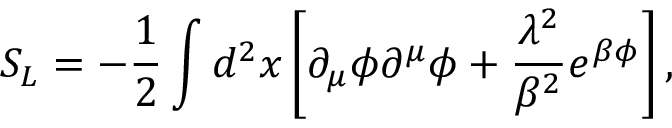
S _ { L } = - { \frac { 1 } { 2 } } \int d ^ { 2 } x \left[ \partial _ { \mu } \phi \partial ^ { \mu } \phi + { \frac { \lambda ^ { 2 } } { \beta ^ { 2 } } } e ^ { \beta \phi } \right] ,